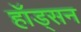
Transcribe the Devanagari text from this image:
हॉड्सन